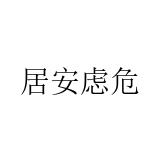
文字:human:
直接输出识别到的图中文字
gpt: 居安虑危